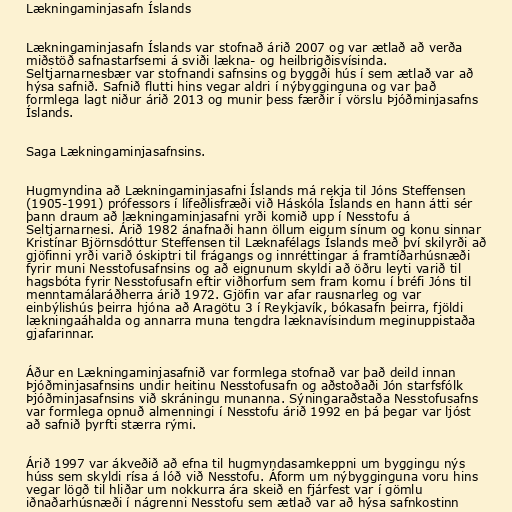
Lækningaminjasafn Íslands

Lækningaminjasafn Íslands var stofnað árið 2007 og var ætlað að verða
miðstöð safnastarfsemi á sviði lækna- og heilbrigðisvísinda.
Seltjarnarnesbær var stofnandi safnsins og byggði hús í sem ætlað var að
hýsa safnið. Safnið flutti hins vegar aldri í nýbygginguna og var það
formlega lagt niður árið 2013 og munir þess færðir í vörslu Þjóðminjasafns
Íslands.

Saga Lækningaminjasafnsins.

Hugmyndina að Lækningaminjasafni Íslands má rekja til Jóns Steffensen
(1905-1991) prófessors í lífeðlisfræði við Háskóla Íslands en hann átti sér
þann draum að lækningaminjasafni yrði komið upp í Nesstofu á
Seltjarnarnesi. Árið 1982 ánafnaði hann öllum eigum sínum og konu sinnar
Kristínar Björnsdóttur Steffensen til Læknafélags Íslands með því skilyrði að
gjöfinni yrði varið óskiptri til frágangs og innréttingar á framtíðarhúsnæði
fyrir muni Nesstofusafnsins og að eignunum skyldi að öðru leyti varið til
hagsbóta fyrir Nesstofusafn eftir viðhorfum sem fram komu í bréfi Jóns til
menntamálaráðherra árið 1972. Gjöfin var afar rausnarleg og var
einbýlishús þeirra hjóna að Aragötu 3 í Reykjavík, bókasafn þeirra, fjöldi
lækningaáhalda og annarra muna tengdra læknavísindum meginuppistaða
gjafarinnar.

Áður en Lækningaminjasafnið var formlega stofnað var það deild innan
Þjóðminjasafnsins undir heitinu Nesstofusafn og aðstoðaði Jón starfsfólk
Þjóðminjasafnsins við skráningu munanna. Sýningaraðstaða Nesstofusafns
var formlega opnuð almenningi í Nesstofu árið 1992 en þá þegar var ljóst
að safnið þyrfti stærra rými.

Árið 1997 var ákveðið að efna til hugmyndasamkeppni um byggingu nýs
húss sem skyldi rísa á lóð við Nesstofu. Áform um nýbygginguna voru hins
vegar lögð til hliðar um nokkurra ára skeið en fjárfest var í gömlu
iðnaðarhúsnæði í nágrenni Nesstofu sem ætlað var að hýsa safnkostinn